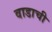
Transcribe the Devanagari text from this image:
वाडाची